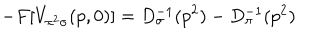
- F [ V _ { \pi ^ { 2 } \sigma } ( p , 0 ) ] = D _ { \sigma } ^ { - 1 } ( p ^ { 2 } ) - D _ { \pi } ^ { - 1 } ( p ^ { 2 } )